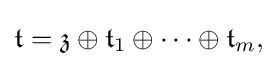
\displaystyle {{\mathfrak {t}}={\mathfrak {z}}\oplus {\mathfrak {t}}_{1}\oplus \cdots \oplus {\mathfrak {t}}_{m},}